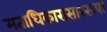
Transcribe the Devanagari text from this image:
मताधिकारासारख्या